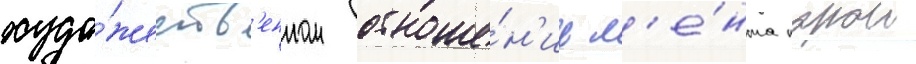
худо́жеств'енном отноше́н'ии л'е́нта порои